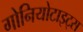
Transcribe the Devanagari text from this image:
गोनियोटाइट्स